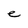
Character: e